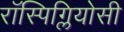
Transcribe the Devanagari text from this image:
रॉस्पिग्लियोसी